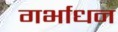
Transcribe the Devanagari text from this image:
गर्भाधन